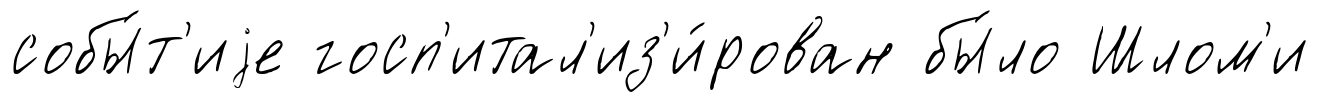
собы́т'иjе госп'итал'из'и́рован бы́ло Шлом'и